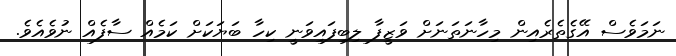
ނަމަވެސް އޭގެތެރެއިން މިހާނަތަނަށް ވަޒީފާ ލިބިފައިވަނީ ކިހާ ބަޔަކަށް ކަމެއް ސާފެއް ނުވެއެވެ.